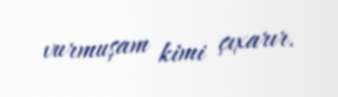
vurmuşam kimi çıxarır.